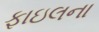
ફાઇલના